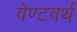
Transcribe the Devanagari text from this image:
वेण्टवर्थ